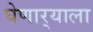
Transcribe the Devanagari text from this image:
घेणार्‍याला